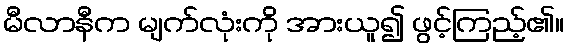
မီလာနီက မျက်လုံးကို အားယူ၍ ဖွင့်ကြည့်၏။